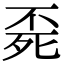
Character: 𣨀